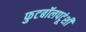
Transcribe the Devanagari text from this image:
फुटबॉलपटूंशी